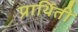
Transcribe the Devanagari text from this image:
प्रार्थिती